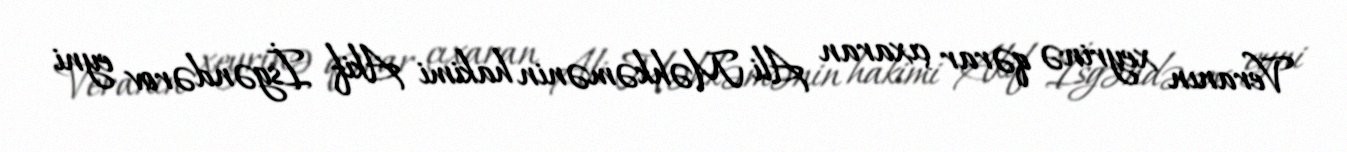
Veranın xeyrinə qərar çıxaran Ali Məhkəmənin hakimi Akif İsgəndərov eyni